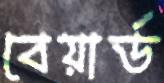
বেয়ার্ড